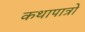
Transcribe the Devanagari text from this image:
कथापात्रों